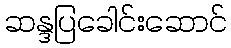
ဆန္ဒပြခေါင်းဆောင်